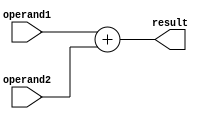
module addition_block (
    input [63:0] operand1,
    input [63:0] operand2,
    output reg [63:0] result
);

always @(*) begin
    result = operand1 + operand2;
end

endmodule